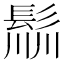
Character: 𩭁